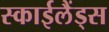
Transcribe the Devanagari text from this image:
स्‍काईलैंड्स